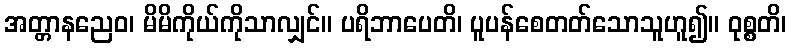
အတ္တာနညေဝ၊ မိမိကိုယ်ကိုသာလျှင်။ ပရိဘာပေတိ၊ ပူပန်စေတတ်သောသူဟူ၍။ ဝုစ္စတိ၊